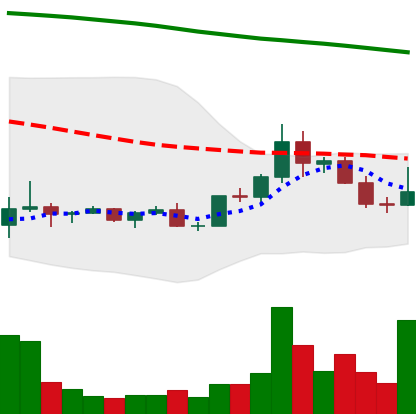
Ticker: DOGE-USD
Chart end date: 2022-02-13
Forward return: -6.835%
Label: down_5_7